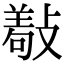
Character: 𢿩